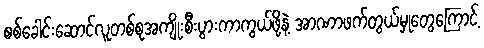
စစ်ခေါင်းဆောင်လူတစ်စုအကျိုးစီးပွားကာကွယ်ဖို့နဲ့ အာဏာဖက်တွယ်မှုတွေကြောင့်